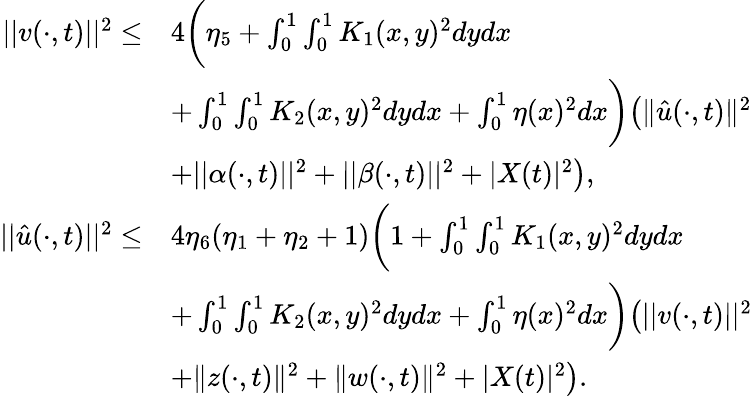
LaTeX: \begin{array}{rl}{||v(\cdot,t)||^{2}\le}&{4\bigg(\eta_{5}+\int_{0}^{1}\int_{0}^{1}K_{1}(x,y)^{2}dydx}\\ &{+\int_{0}^{1}\int_{0}^{1}K_{2}(x,y)^{2}dydx+\int_{0}^{1}\eta(x)^{2}dx\bigg)\big(\| \hat{u}(\cdot,t)\| ^{2}}\\ &{+||\alpha(\cdot,t)||^{2}+||\beta(\cdot,t)||^{2}+|{X}(t)|^{2}\big),}\\ {||\hat{u}(\cdot,t)||^{2}\le}&{4\eta_{6}(\eta_{1}+\eta_{2}+1)\bigg(1+\int_{0}^{1}\int_{0}^{1}K_{1}(x,y)^{2}dydx}\\ &{+\int_{0}^{1}\int_{0}^{1}K_{2}(x,y)^{2}dydx+\int_{0}^{1}\eta(x)^{2}dx\bigg)\big(||v(\cdot,t)||^{2}}\\ &{+\| z(\cdot,t)\| ^{2}+\| w(\cdot,t)\| ^{2}+|X(t)|^{2}\big).}\end{array}